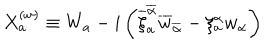
X _ { a } ^ { ( w ) } \equiv W _ { a } - i \left( \overline { { { \xi } } } _ { a } ^ { \overline { { { \alpha } } } } \overline { { { w } } } _ { \overline { { { \alpha } } } } - \xi _ { a } ^ { \alpha } w _ { \alpha } \right)